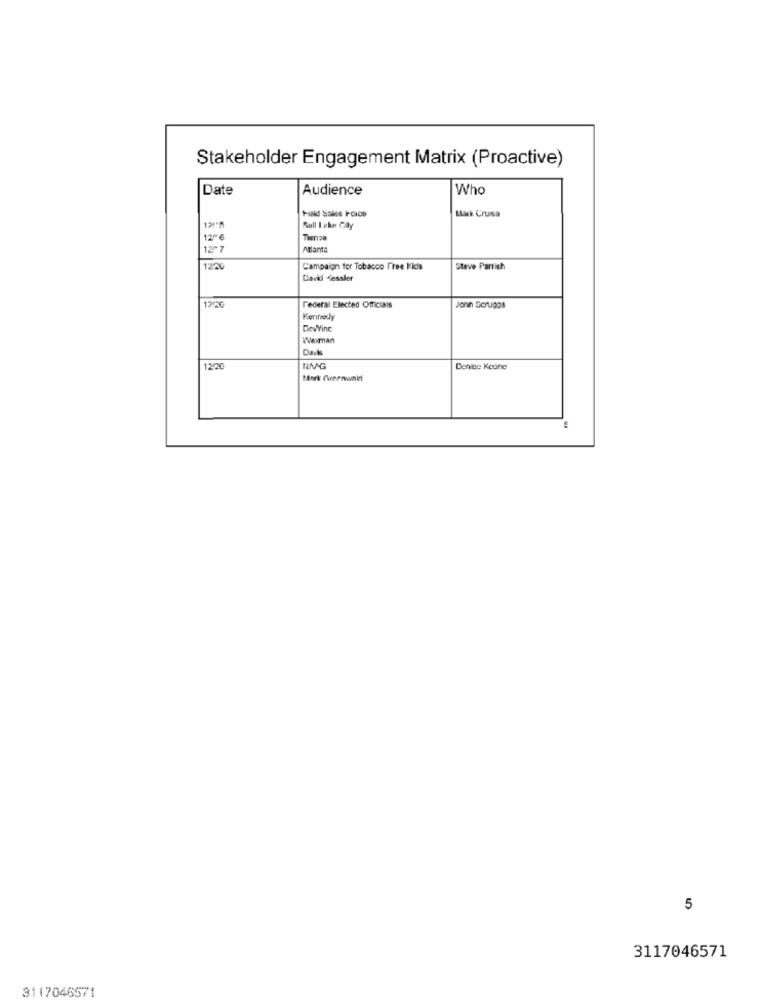
Stakeholder Engagement Matrix (Proactive)
Date
Audience
Who
Mark Cruna
Fald Salce Foios
Sull I ichar Cly
12º6
Thenza
ABant.
1220
Campaign for Tobacco Free Kidis
Steve Partish
David Kessler
12/20
Federal Elected Officials
John Scruggs
Kennedy
Dewyine
Waman
Davk
12/20
NMAG
Donibe Keune
Bork Greenunkel
5
3117046571
3117046571